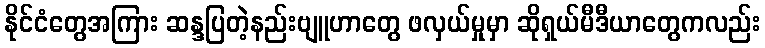
နိုင်ငံတွေအကြား ဆန္ဒပြတဲ့နည်းဗျူဟာတွေ ဖလှယ်မှုမှာ ဆိုရှယ်မီဒီယာတွေကလည်း